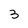
Character: 3